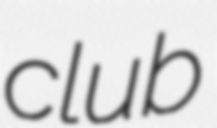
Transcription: club